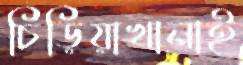
চিড়িয়াখানাই